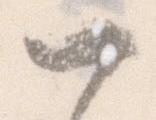
一